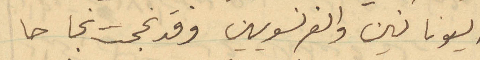
اليونانين والفرنسويين وقد نجحت نجاحا